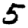
Digit: 5